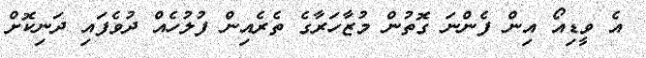
އެ ވީޑިއޯ އިން ފެންނަ ގޮތުން މުޒާހަރާގެ ތެރެއިން ފުލުހެއް ދުވެފައި ދަނިކޮށް